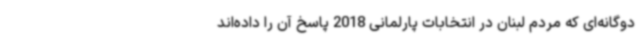
دوگانه‌ای که مردم لبنان در انتخابات پارلمانی 2018 پاسخ آن را داده‌اند